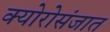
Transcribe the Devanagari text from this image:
क्योरोसंजात